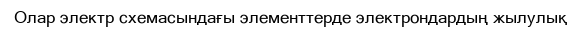
Олар электр схемасындағы элементтерде электрондардың жылулық